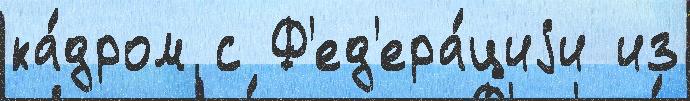
ка́дром с Ф'ед'ера́циjи из